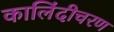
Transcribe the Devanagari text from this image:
कालिंदीचरण